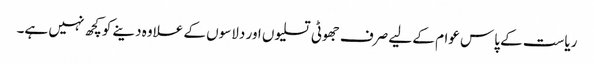
ریاست کے پاس عوام کے لیے صرف جھوٹی تسلیوں اور دلاسوں کے علاوہ دینے کوکچھ نہیں ہے۔